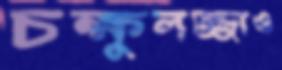
চক্ষুলজ্জাও